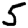
Digit: 5